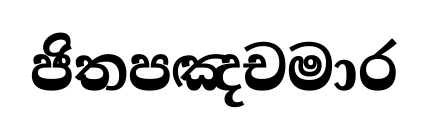
ජිතපඤචමාර